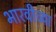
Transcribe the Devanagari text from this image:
भारवीच्या